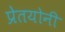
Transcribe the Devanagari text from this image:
प्रेतयोनी